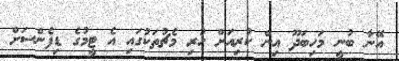
އޭނާ ބުނީ މަހިބަދޫ އިން ކުރިއަށް ހުރި މެޗުތަކުގައި އެ ޓީމުގެ ޑިފެންސަށް